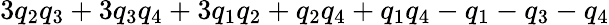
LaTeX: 3q_{2}q_{3}+3q_{3}q_{4}+3q_{1}q_{2}+q_{2}q_{4}+q_{1}q_{4}-q_{1}-q_{3}-q_{4}